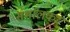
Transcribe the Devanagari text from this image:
सभालक़ऱ